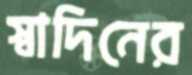
স্বাদিনের